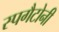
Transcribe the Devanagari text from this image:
स्पगैटोनी